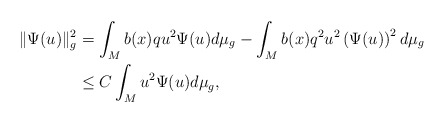
\begin{align*}\Vert\Psi(u)\Vert_{g}^{2} & =\int_{M}b(x)qu^{2}\Psi(u)d\mu_{g}-\int_{M}b(x)q^{2}u^{2}\left( \Psi(u)\right) ^{2}d\mu_{g}\\& \leq C\int_{M}u^{2}\Psi(u)d\mu_{g},\end{align*}